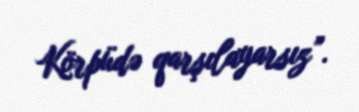
Körpüdə qarşılayarsız”.